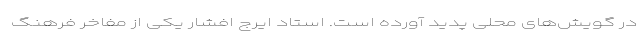
در گویش‌های محلی پدید آورده است. استاد ایرج افشار یکی از مفاخر فرهنگ